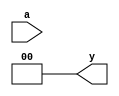
module jewel_pal (
    input wire [N-1:0] a, // Input pins (N inputs)
    output wire [M-1:0] y // Output pins (M outputs)
);

// Parameters for number of inputs, AND gates, and OR gates
parameter N = 4; // Number of input pins
parameter P = 4; // Number of AND gates
parameter M = 2; // Number of OR outputs

// Programmable AND array
wire [P-1:0] and_out; // Outputs from AND gates
wire [N-1:0] and_inputs [0:P-1]; // Programmable inputs for each AND gate

// Example of programming the AND gates (this can be modified based on specific configurations)
assign and_inputs[0] = {a[0], a[1], 1'b0, 1'b0}; // AND gate 0: a0 AND a1
assign and_inputs[1] = {a[2], a[3], 1'b0, 1'b0}; // AND gate 1: a2 AND a3
assign and_inputs[2] = {a[0], a[2], 1'b0, 1'b0}; // AND gate 2: a0 AND a2
assign and_inputs[3] = {a[1], a[3], 1'b0, 1'b0}; // AND gate 3: a1 AND a3

// Generate AND gate outputs
genvar i;
generate
    for (i = 0; i < P; i = i + 1) begin : and_gates
        assign and_out[i] = and_inputs[i][0] & and_inputs[i][1] & and_inputs[i][2] & and_inputs[i][3];
    end
endgenerate

// Fixed OR array
assign y[0] = and_out[0] | and_out[1]; // OR gate 0
assign y[1] = and_out[2] | and_out[3]; // OR gate 1

endmodule